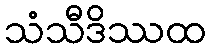
သံသီဒိဿထ